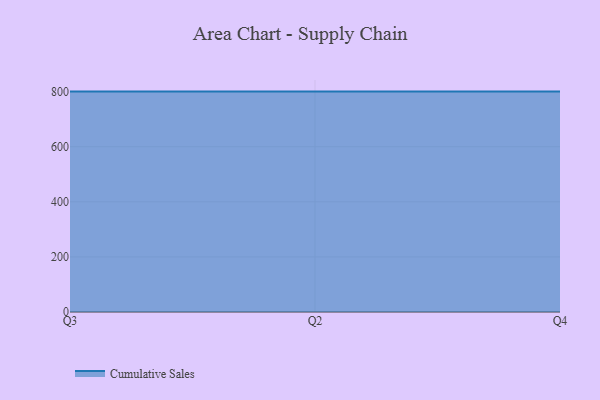
{"axis": {"x": "Quarter", "y": "Production Output"}, "legend": ["Cumulative Sales"], "data": [{"x": "Q3", "y": 800, "type": "Cumulative Sales"}, {"x": "Q2", "y": 800, "type": "Cumulative Sales"}, {"x": "Q4", "y": 800, "type": "Cumulative Sales"}]}